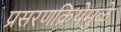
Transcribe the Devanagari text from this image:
प्रसरणक्रियेमुळे